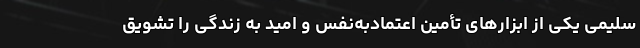
سلیمی یکی از ابزارهای تأمین اعتمادبه‌نفس و امید به زندگی را تشویق